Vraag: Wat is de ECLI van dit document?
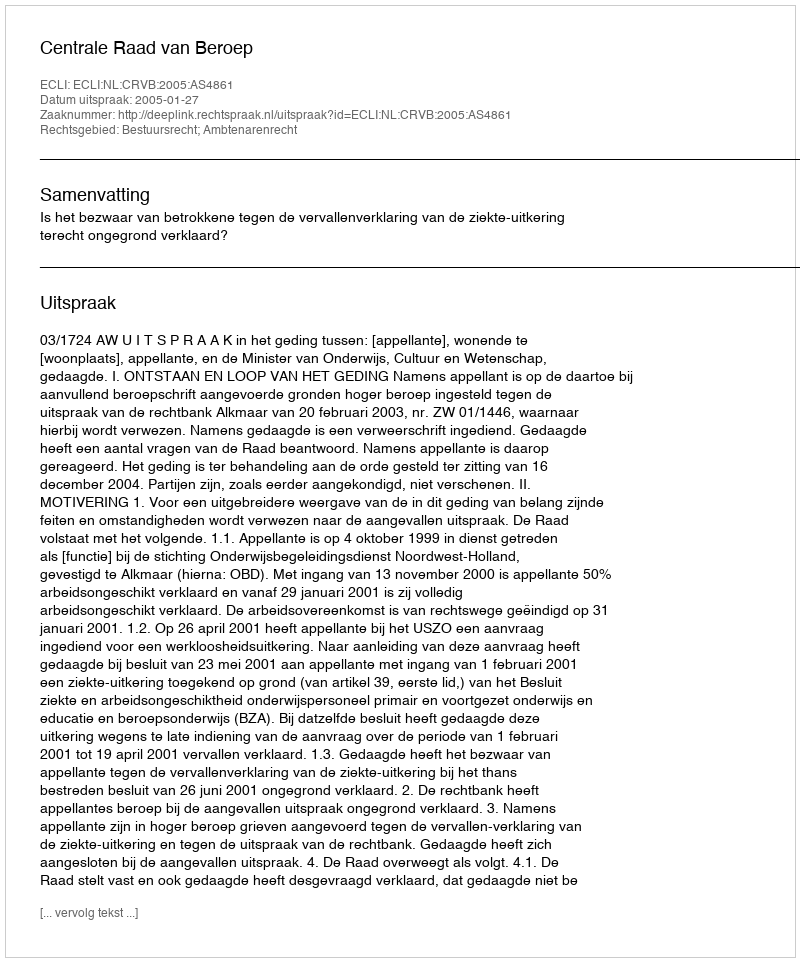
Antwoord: ECLI:NL:CRVB:2005:AS4861